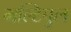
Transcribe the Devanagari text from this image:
मल्टिपुल